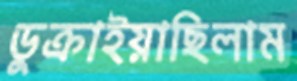
ডুক্‌রাইয়াছিলাম